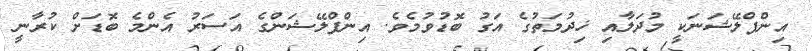
އިންފްލޭޝަނަކީ މުދަލާއި ޚިދުމަތުގެ އަގު ބޮޑުވުމެވެ. އިންފްލޭޝަންގެ އަސަރު އެންމެ ބޮޑަށް ކުރާނީ